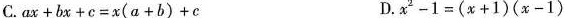
C.$$a x + b x + c = x ( a + b ) + c$$ D.$$x ^ { 2 } - 1 = ( x + 1 ) ( x - 1 )$$